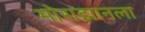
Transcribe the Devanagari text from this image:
मोराझानला